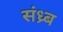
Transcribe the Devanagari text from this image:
संध्र्ब